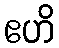
ဧဟိ